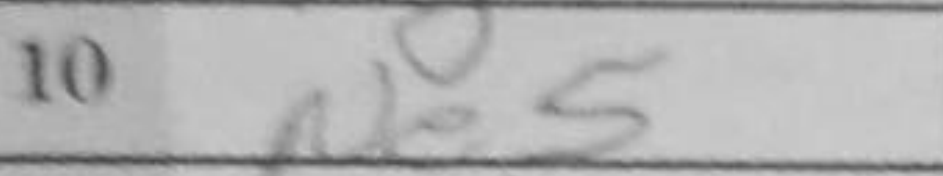
Transcription: Ne5